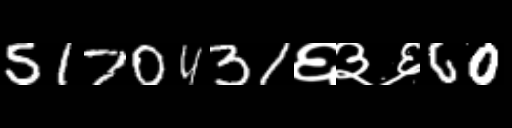
Text: 5170431६३६60